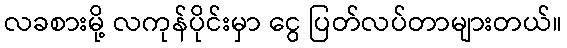
လခစားမို့ လကုန်ပိုင်းမှာ ငွေ ပြတ်လပ်တာများတယ်။